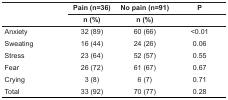
<table><thead><tr><td rowspan="2"></td><td><b>Pain (n=36)</b></td><td><b>No pain (n=91)</b></td><td><b>P</b></td></tr><tr><td><b>n (%)</b></td><td><b>n (%)</b></td><td></td></tr></thead><tbody><tr><td> Anxiety</td><td> 32 (89)</td><td> 60 (66)</td><td> &lt;0.01</td></tr><tr><td> Sweating</td><td> 16 (44)</td><td> 24 (26)</td><td> 0.06</td></tr><tr><td> Stress</td><td> 23 (64)</td><td> 52 (57)</td><td> 0.55</td></tr><tr><td> Fear</td><td> 26 (72)</td><td> 61 (67)</td><td> 0.67</td></tr><tr><td> Crying</td><td> 3 (8)</td><td> 6 (7)</td><td> 0.71</td></tr><tr><td> Total</td><td> 33 (92)</td><td> 70 (77)</td><td> 0.28</td></tr></tbody></table>